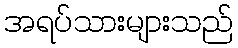
အရပ်သားများသည်